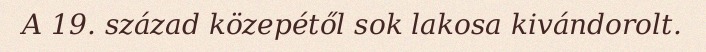
A 19. század közepétől sok lakosa kivándorolt.